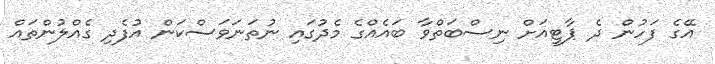
އޭގެ ފަހުން ދެ ޕާޓީއަށް ނިސްބަތްވާ ބައެއްގެ މެދުގައި ނުތަނަވަސްކަން އުފެދި ގެއްލުންތައް